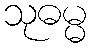
သုဓမ္မ